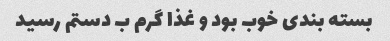
بسته بندی خوب بود و غذا گرم ب دستم رسید